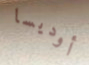
أوديسا